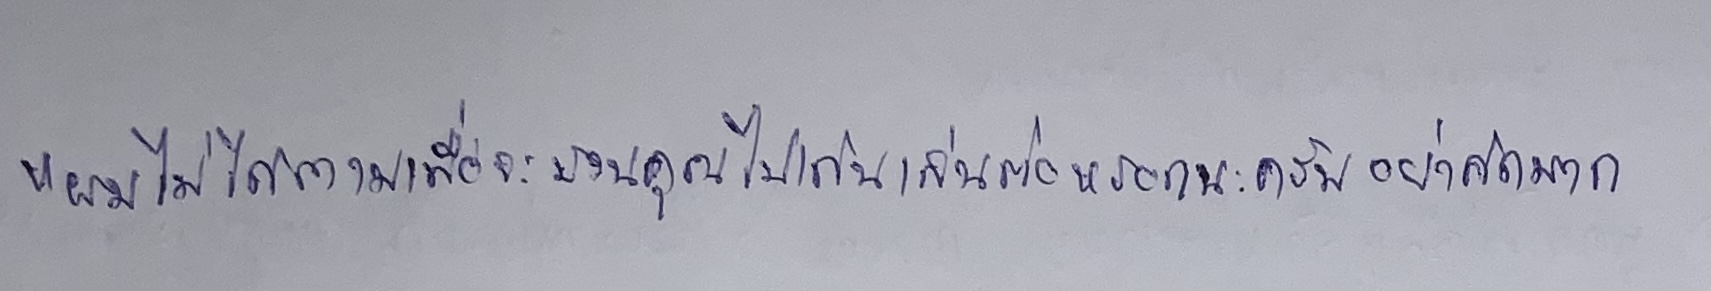
"ผมไม่ได้ถามเพื่อจะชวนคุณไปเดินเล่นต่อหรอกนะครับอย่าคิดมาก